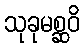
သုခုမစ္ဆဝိ